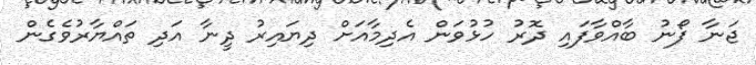
ޖަނާ ފޯނު ބާއްވާފައި ދޮރު ހުޅުވަން އެދިމާއަށް ދިޔައިރު ދީނާ އަދި ތައްޔާރުވެގެން